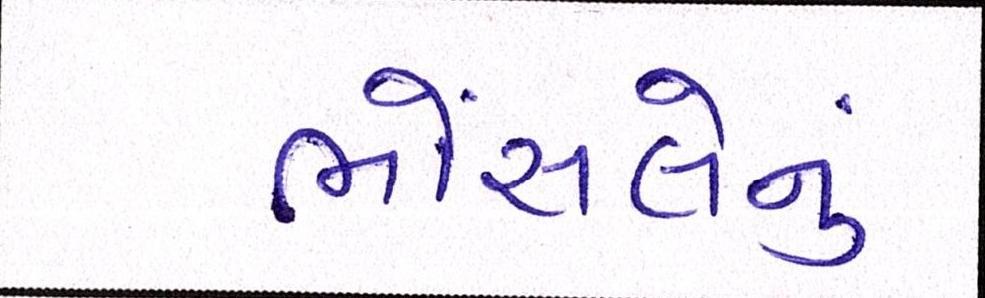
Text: ભોંસલેનું